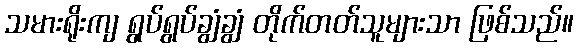
သမားရိုးကျ ရွပ်ရွပ်ချွံချွံ တိုက်တတ်သူများသာ ဖြစ်သည်။